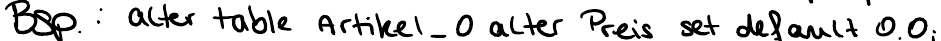
Bsp.: alter table Artikel_0 alter Preis set default 0.0